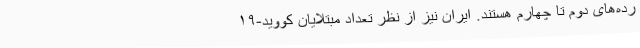
رده‌های دوم تا چهارم هستند. ایران نیز از نظر تعداد مبتلایان کووید-۱۹